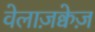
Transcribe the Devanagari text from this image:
वेलाज़क्वेज़